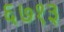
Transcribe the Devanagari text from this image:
६७१३